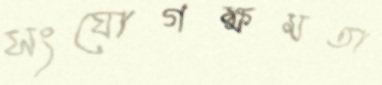
সংযোগক্ষমতা